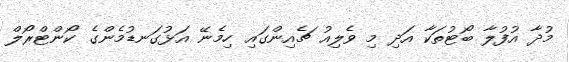
މުދާ އުފުލާ ބޯޓުތަކާ އަދި މި ވެލިއު ޗެއިންގައި ހިމެނޭ އަޅުގަނޑުމެންގެ ކޯންޓްރޯލް